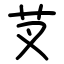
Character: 芆